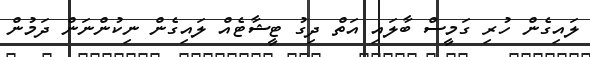
ލައިގެން ހުރި ގަމީސް ބާލައި އަތް ދިގު ޓީޝާޓެއް ލައިގެން ނިކުންނަން ދަމުން